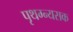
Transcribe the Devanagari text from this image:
पृथग्न्यसक